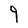
Character: 9